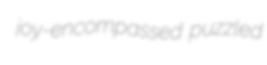
joy-encompassed puzzled